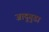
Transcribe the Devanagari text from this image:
जादुगुडा